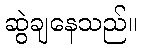
ဆွဲချနေသည်။